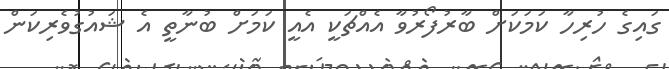
ގައިގެ ހުރިހާ ކަމަކަށް ބާރުފޯރުވާ އެއްޗަކީ އެއީ ކަމަށް ބުނާތީ އެ ޝައުގުވެރިކަން